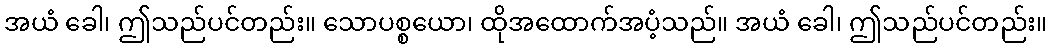
အယံ ခေါ၊ ဤသည်ပင်တည်း။ သောပစ္စယော၊ ထိုအထောက်အပံ့သည်။ အယံ ခေါ၊ ဤသည်ပင်တည်း။